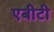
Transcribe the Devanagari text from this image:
एबीटी